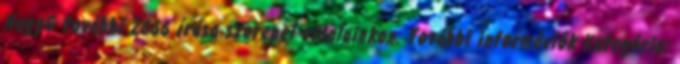
NagyG további 2666 írása szerepel oldalainkon. További információk Kategória: